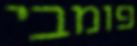
פומבי